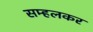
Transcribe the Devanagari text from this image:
सम्हलकर